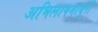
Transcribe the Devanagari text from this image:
अभिलाषमाधुरी